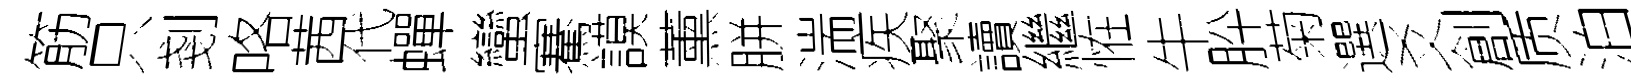
筋只剗咯茜代蟬蠻騫謨薰胼湍疾聚讀繼恠牛肸菊選爻創质泊